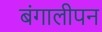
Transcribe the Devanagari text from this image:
बंगालीपन